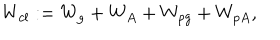
W _ { c l } : = W _ { g } + W _ { A } + W _ { p g } + W _ { p A } ,